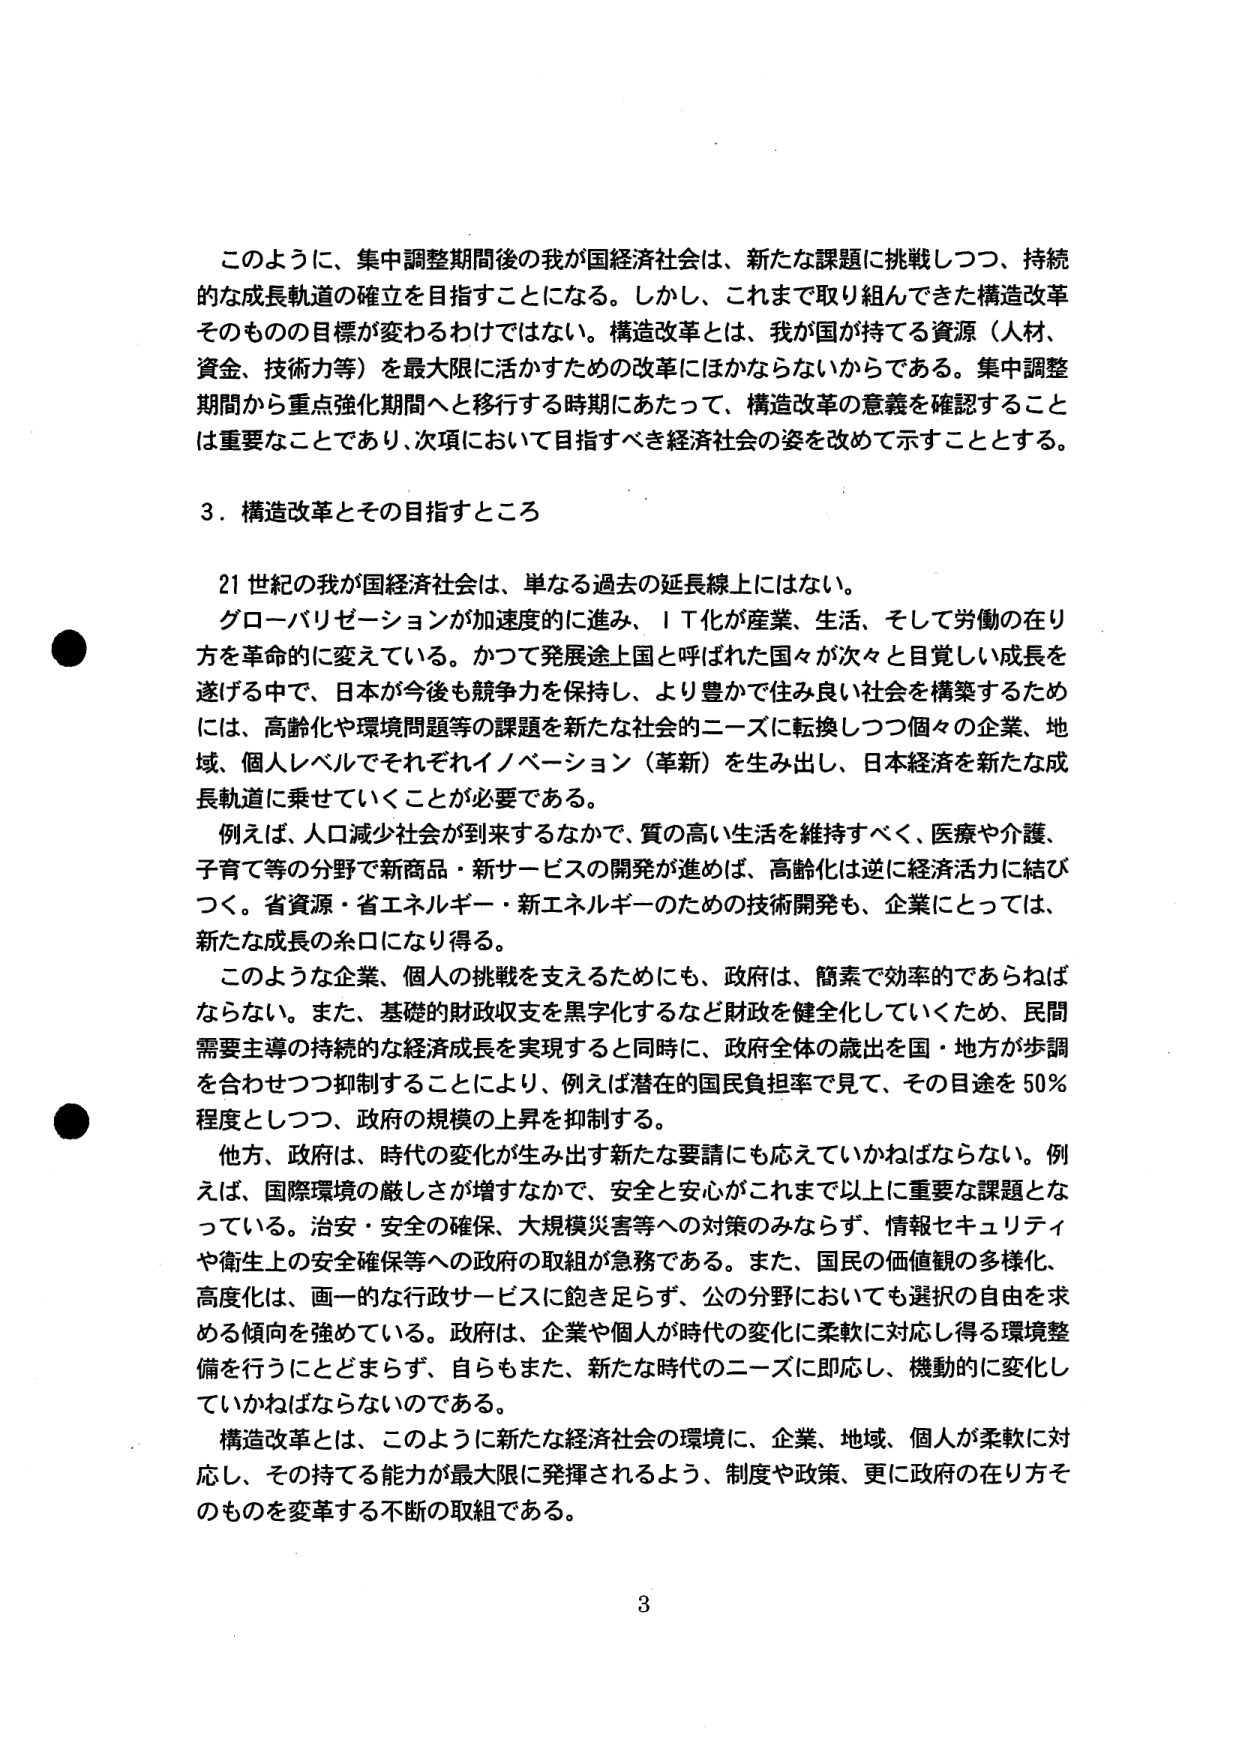
このように、集中調整期間後の我が国経済社会は、新たな課題に挑戦しつつ、持続的な成長軌道の確立を目指すことになる。しかし、これまで取り組んできた構造改革そのものの目標が変わるわけではない。構造改革とは、我が国が持てる資源（人材、資金、技術力等）を最大限に活かすための改革にほかならないからである。集中調整期間から重点強化期間へと移行する時期にあたって、構造改革の意義を確認することは重要なことであり、次項において目指すべき経済社会の姿を改めて示すこととする。

３．構造改革とその目指すところ

２１世紀の我が国経済社会は、単なる過去の延長線上にはない。
グローバリゼーションが加速度的に進み、ＩＴ化が産業、生活、そして労働の在り方を革命的に変えている。かつて発展途上国と呼ばれた国々が次々と目覚しい成長を遂げる中で、日本が今後も競争力を保持し、より豊かで住み良い社会を構築するためには、高齢化や環境問題等の課題を新たな社会的ニーズに転換しつつ個々の企業、地域、個人レベルでそれぞれイノベーション（革新）を生み出し、日本経済を新たな成長軌道に乗せていくことが必要である。
例えば、人口減少社会が到来するなかで、質の高い生活を維持すべく、医療や介護、子育て等の分野で新商品・新サービスの開発が進めば、高齢化は逆に経済活力に結びつく。省資源・省エネルギー・新エネルギーのための技術開発も、企業にとっては、新たな成長の糸口になり得る。
このような企業、個人の挑戦を支えるためにも、政府は、簡素で効率的であらねばならない。また、基礎的財政収支を黒字化するなど財政を健全化していくため、民間需要主導の持続的な経済成長を実現すると同時に、政府全体の歳出を国・地方が歩調を合わせつつ抑制することにより、例えば潜在的国民負担率で見て、その目途を５０％程度としつつ、政府の規模の上昇を抑制する。
他方、政府は、時代の変化が生み出す新たな要請にも応えていかねばならない。例えば、国際環境の厳しさが増すなかで、安全と安心がこれまで以上に重要な課題となっている。治安・安全の確保、大規模災害等への対策のみならず、情報セキュリティや衛生上の安全確保等への政府の取組が急務である。また、国民の価値観の多様化、高度化は、画一的な行政サービスに飽き足らず、公の分野においても選択の自由を求める傾向を強めている。政府は、企業や個人が時代の変化に柔軟に対応し得る環境整備を行うにとどまらず、自らもまた、新たな時代のニーズに即応し、機動的に変化していかねばならないのである。
構造改革とは、このように新たな経済社会の環境に、企業、地域、個人が柔軟に対応し、その持てる能力が最大限に発揮されるよう、制度や政策、更に政府の在り方そのものを変革する不断の取組である。

3